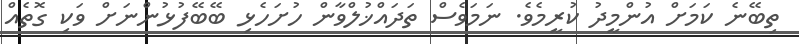
ތިބޭނެ ކަމަށް އުންމީދު ކުރީމެވެ. ނަމަވެސް ތަދައްޚުލްވާން ހުށަހެޅި ބޭބޭފުޅުންނަށް ވަކި ގޮތެއް